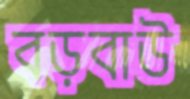
বড়বাউ